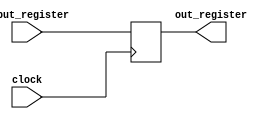
module Register(
	input clock,
	input [31:0] input_register,
	output reg [31:0] out_register
);

	always @(posedge clock)begin
		out_register <= input_register;
	end
	
endmodule